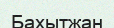
Бахытжан